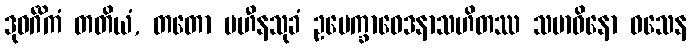
ဒုဝင်္ဂိကံ တတိယံ, တတော ပဟီနသုခံ ဥပေက္ခာဝေဒနာသဟိတဿ သမာဓိနော ဝသေန